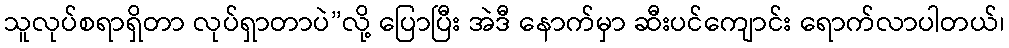
သူလုပ်စရာရှိတာ လုပ်ရှာတာပဲ”လို့ ပြောပြီး အဲဒီ နောက်မှာ ဆီးပင်ကျောင်း ရောက်လာပါတယ်၊